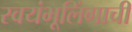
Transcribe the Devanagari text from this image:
स्वयंभूलिंगाची